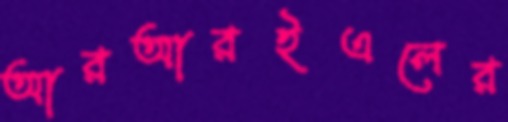
আরআরইএলের